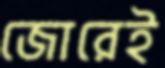
জোরেই